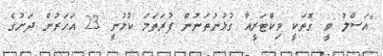
"އަސްލު ވީ ގޮތަކީ ވިކްޓަރީއާ ގުޅުނުތަނުން ފުރަތަމަ ކުޅުނީ 23 އަހަރުން ދަށުގެ